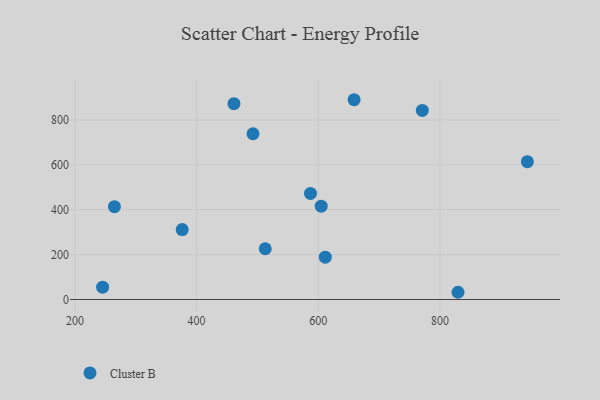
{"axis": {"x": "Ad Spend", "y": "Demand"}, "legend": ["Cluster B"], "data": [{"x": "245.5", "y": 54.8, "type": "Cluster B"}, {"x": "829.7", "y": 32.2, "type": "Cluster B"}, {"x": "492.7", "y": 738.4, "type": "Cluster B"}, {"x": "264.9", "y": 413.5, "type": "Cluster B"}, {"x": "943.7", "y": 613.9, "type": "Cluster B"}, {"x": "376.3", "y": 311.7, "type": "Cluster B"}, {"x": "611.5", "y": 188.6, "type": "Cluster B"}, {"x": "461.4", "y": 872.5, "type": "Cluster B"}, {"x": "512.8", "y": 226.2, "type": "Cluster B"}, {"x": "587.2", "y": 472.6, "type": "Cluster B"}, {"x": "771.0", "y": 842.5, "type": "Cluster B"}, {"x": "604.8", "y": 415.8, "type": "Cluster B"}, {"x": "658.9", "y": 890.1, "type": "Cluster B"}]}